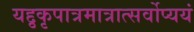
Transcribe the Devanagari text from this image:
यद्दृकृपात्रमात्रात्सर्वोप्ययं